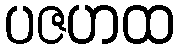
ပဇဟထ